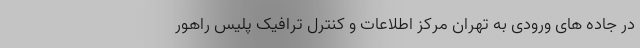
در جاده های ورودی به تهران مرکز اطلاعات و کنترل ترافیک پلیس راهور